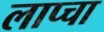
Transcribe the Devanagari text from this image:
लाप्चा